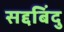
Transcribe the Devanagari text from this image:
सद्दबिंदु